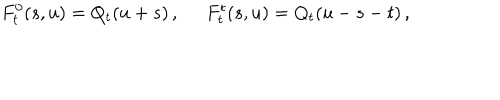
F _ { t } ^ { 0 } ( s , u ) = Q _ { t } ( u + s ) \, , \; \; F _ { t } ^ { t } ( s , u ) = Q _ { t } ( u - s - t ) \, ,